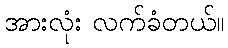
အားလုံး လက်ခံတယ်။